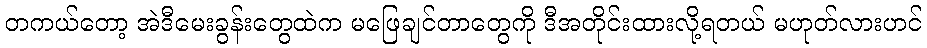
တကယ်တော့ အဲဒီမေးခွန်းတွေထဲက မဖြေချင်တာတွေကို ဒီအတိုင်းထားလို့ရတယ် မဟုတ်လားဟင်